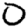
Digit: 0